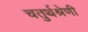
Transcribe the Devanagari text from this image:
चतुर्थश्रेणी